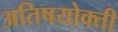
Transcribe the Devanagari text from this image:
अतिषयोक्ती